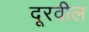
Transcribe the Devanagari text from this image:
दूरवील